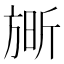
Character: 𮲘